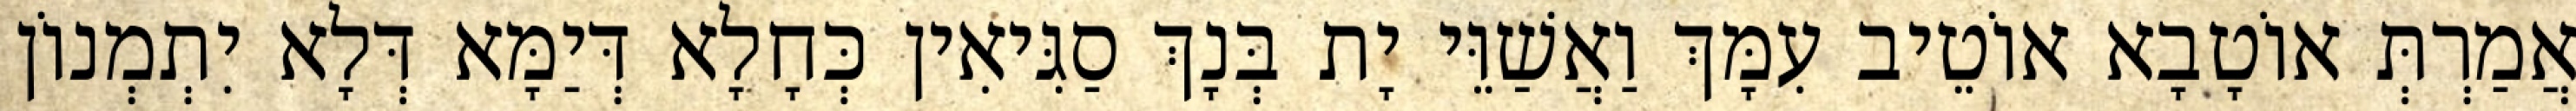
אֲמַרְתְּ אוֹטָבָא אוֹטֵיב עִמָּךְ וַאֲשַׁוֵּי יָת בְּנָךְ סַגִּיאִין כְּחָלָא דְּיַמָּא דְּלָא יִתְמְנוֹן